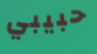
حبيبي